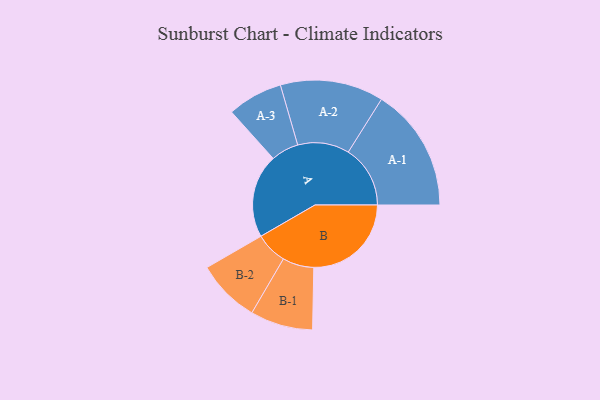
{"axis": {"x": "Segment", "y": "Value"}, "legend": ["", "A", "B"], "data": [{"x": "A", "y": 390, "type": ""}, {"x": "B", "y": 455, "type": ""}, {"x": "A-1", "y": 289, "type": "A"}, {"x": "A-2", "y": 241, "type": "A"}, {"x": "A-3", "y": 129, "type": "A"}, {"x": "B-1", "y": 146, "type": "B"}, {"x": "B-2", "y": 148, "type": "B"}]}